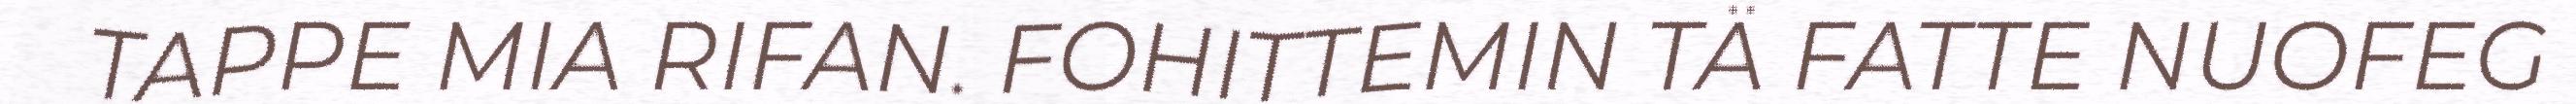
TAPPE MIA RIFAN. FOHITTEMIN TÄ FATTE NUOFEG